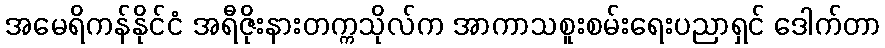
အမေရိကန်နိုင်ငံ အရီဇိုးနားတက္ကသိုလ်က အာကာသစူးစမ်းရေးပညာရှင် ဒေါက်တာ